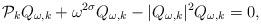
LaTeX: \begin{align*}\mathcal{P}_k Q_{\omega,k}+\omega^{2\sigma}Q_{\omega,k}-|Q_{\omega,k}|^{2}Q_{\omega,k}=0,\end{align*}